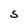
Character: S